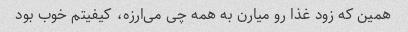
همین که زود غذا رو میارن به همه چی می‌ارزه، کیفیتم خوب بود